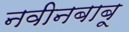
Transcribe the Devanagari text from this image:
नवीनबाबू